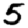
Digit: 5